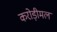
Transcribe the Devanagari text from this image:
करोड़ीमल